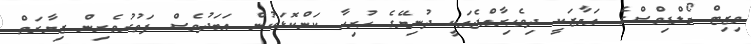
ވިޒިޓް މޯލްޑިވްސްގެ އަމާޒަކީ ދިވެހިރާއްޖެއަކީ ދުނިޔޭގެ ހުރިހާ ކަންކޮޅަކުން އަބަދުވެސް ފަތުރުވެރިން ޒިޔާރަތް